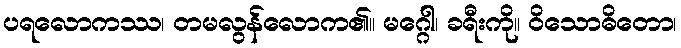
ပရလောကဿ၊ တမလွန်လောက၏။ မဂ္ဂေါ၊ ခရီးကို။ ဝိသောဓိတော၊